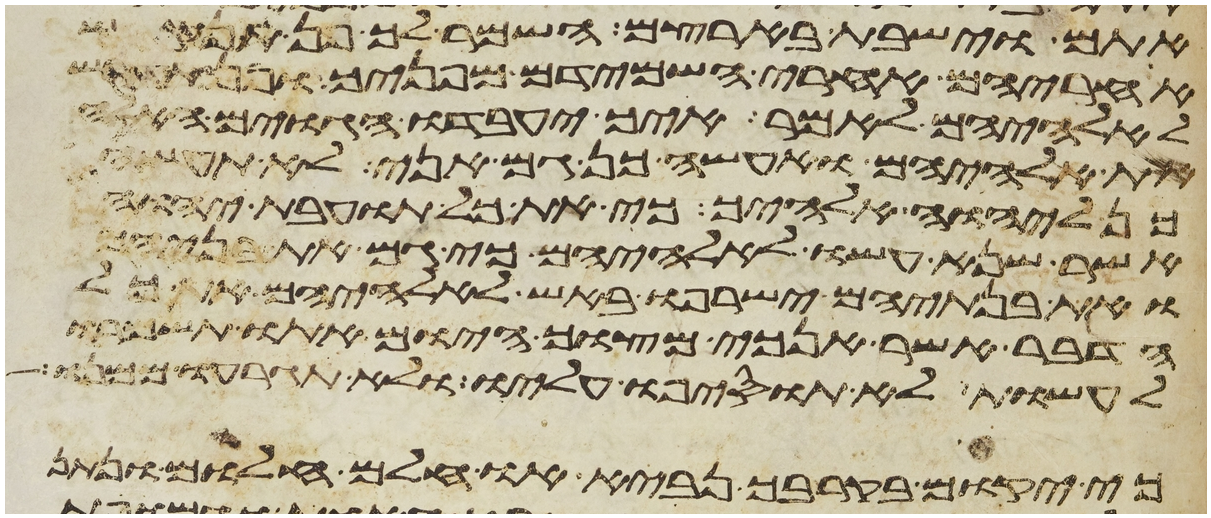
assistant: אתם וישבת בארצם השמר לך פן תנקש
אחריהם אחרי השמידם מפניך ופן
לאלהיהם לאמר איך יעבדו הגוים האלה
את אלהיהם ואעשה כן גם אני לא תעשה
ליהוה אלהיך כי את כל תועבת יהוה
אשר שנא עשו לאלהיהם כי גם את בניהם
ואת בנתיהם ישרפו באש לאלהיהם את כל
הדבר אשר אנכי מצוך היום אתו תשמרו
לעשות לא תוסיפו עליו ולא תגרעו ממנו
כי יקום בקרבך נביא או חלם חלום ונתן